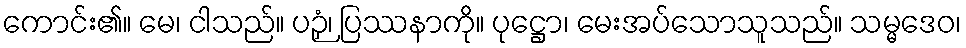
ကောင်း၏။ မေ၊ ငါသည်။ ပဉှံ၊ ပြဿနာကို။ ပုဋ္ဌော၊ မေးအပ်သောသူသည်။ သမ္မဒေဝ၊